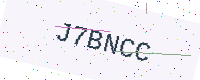
Text: J7BNCC